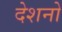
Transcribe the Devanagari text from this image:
देशनो